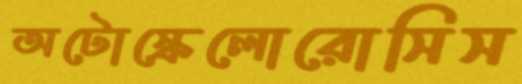
অটোস্কেলোরোসিস